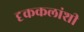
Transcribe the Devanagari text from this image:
दृककलांशी